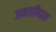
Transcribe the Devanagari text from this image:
जमातींबद्दल